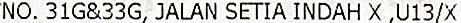
NO. 31G&33G, JALAN SETIA INDAH X ,U13/X